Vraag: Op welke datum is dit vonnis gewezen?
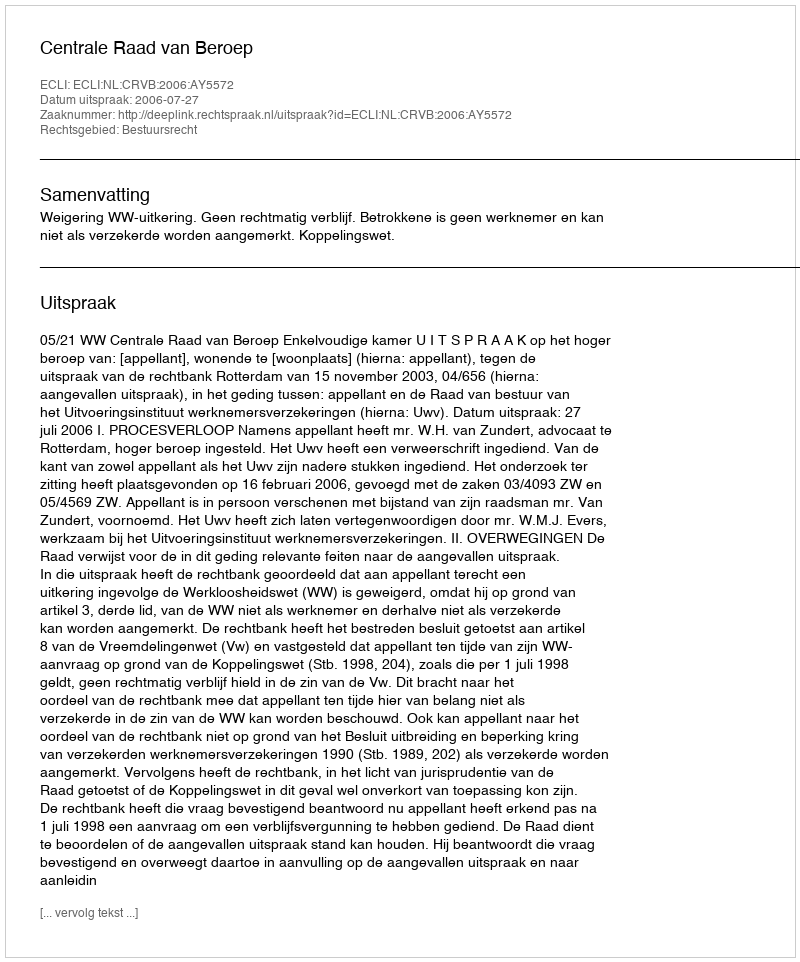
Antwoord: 2006-07-27